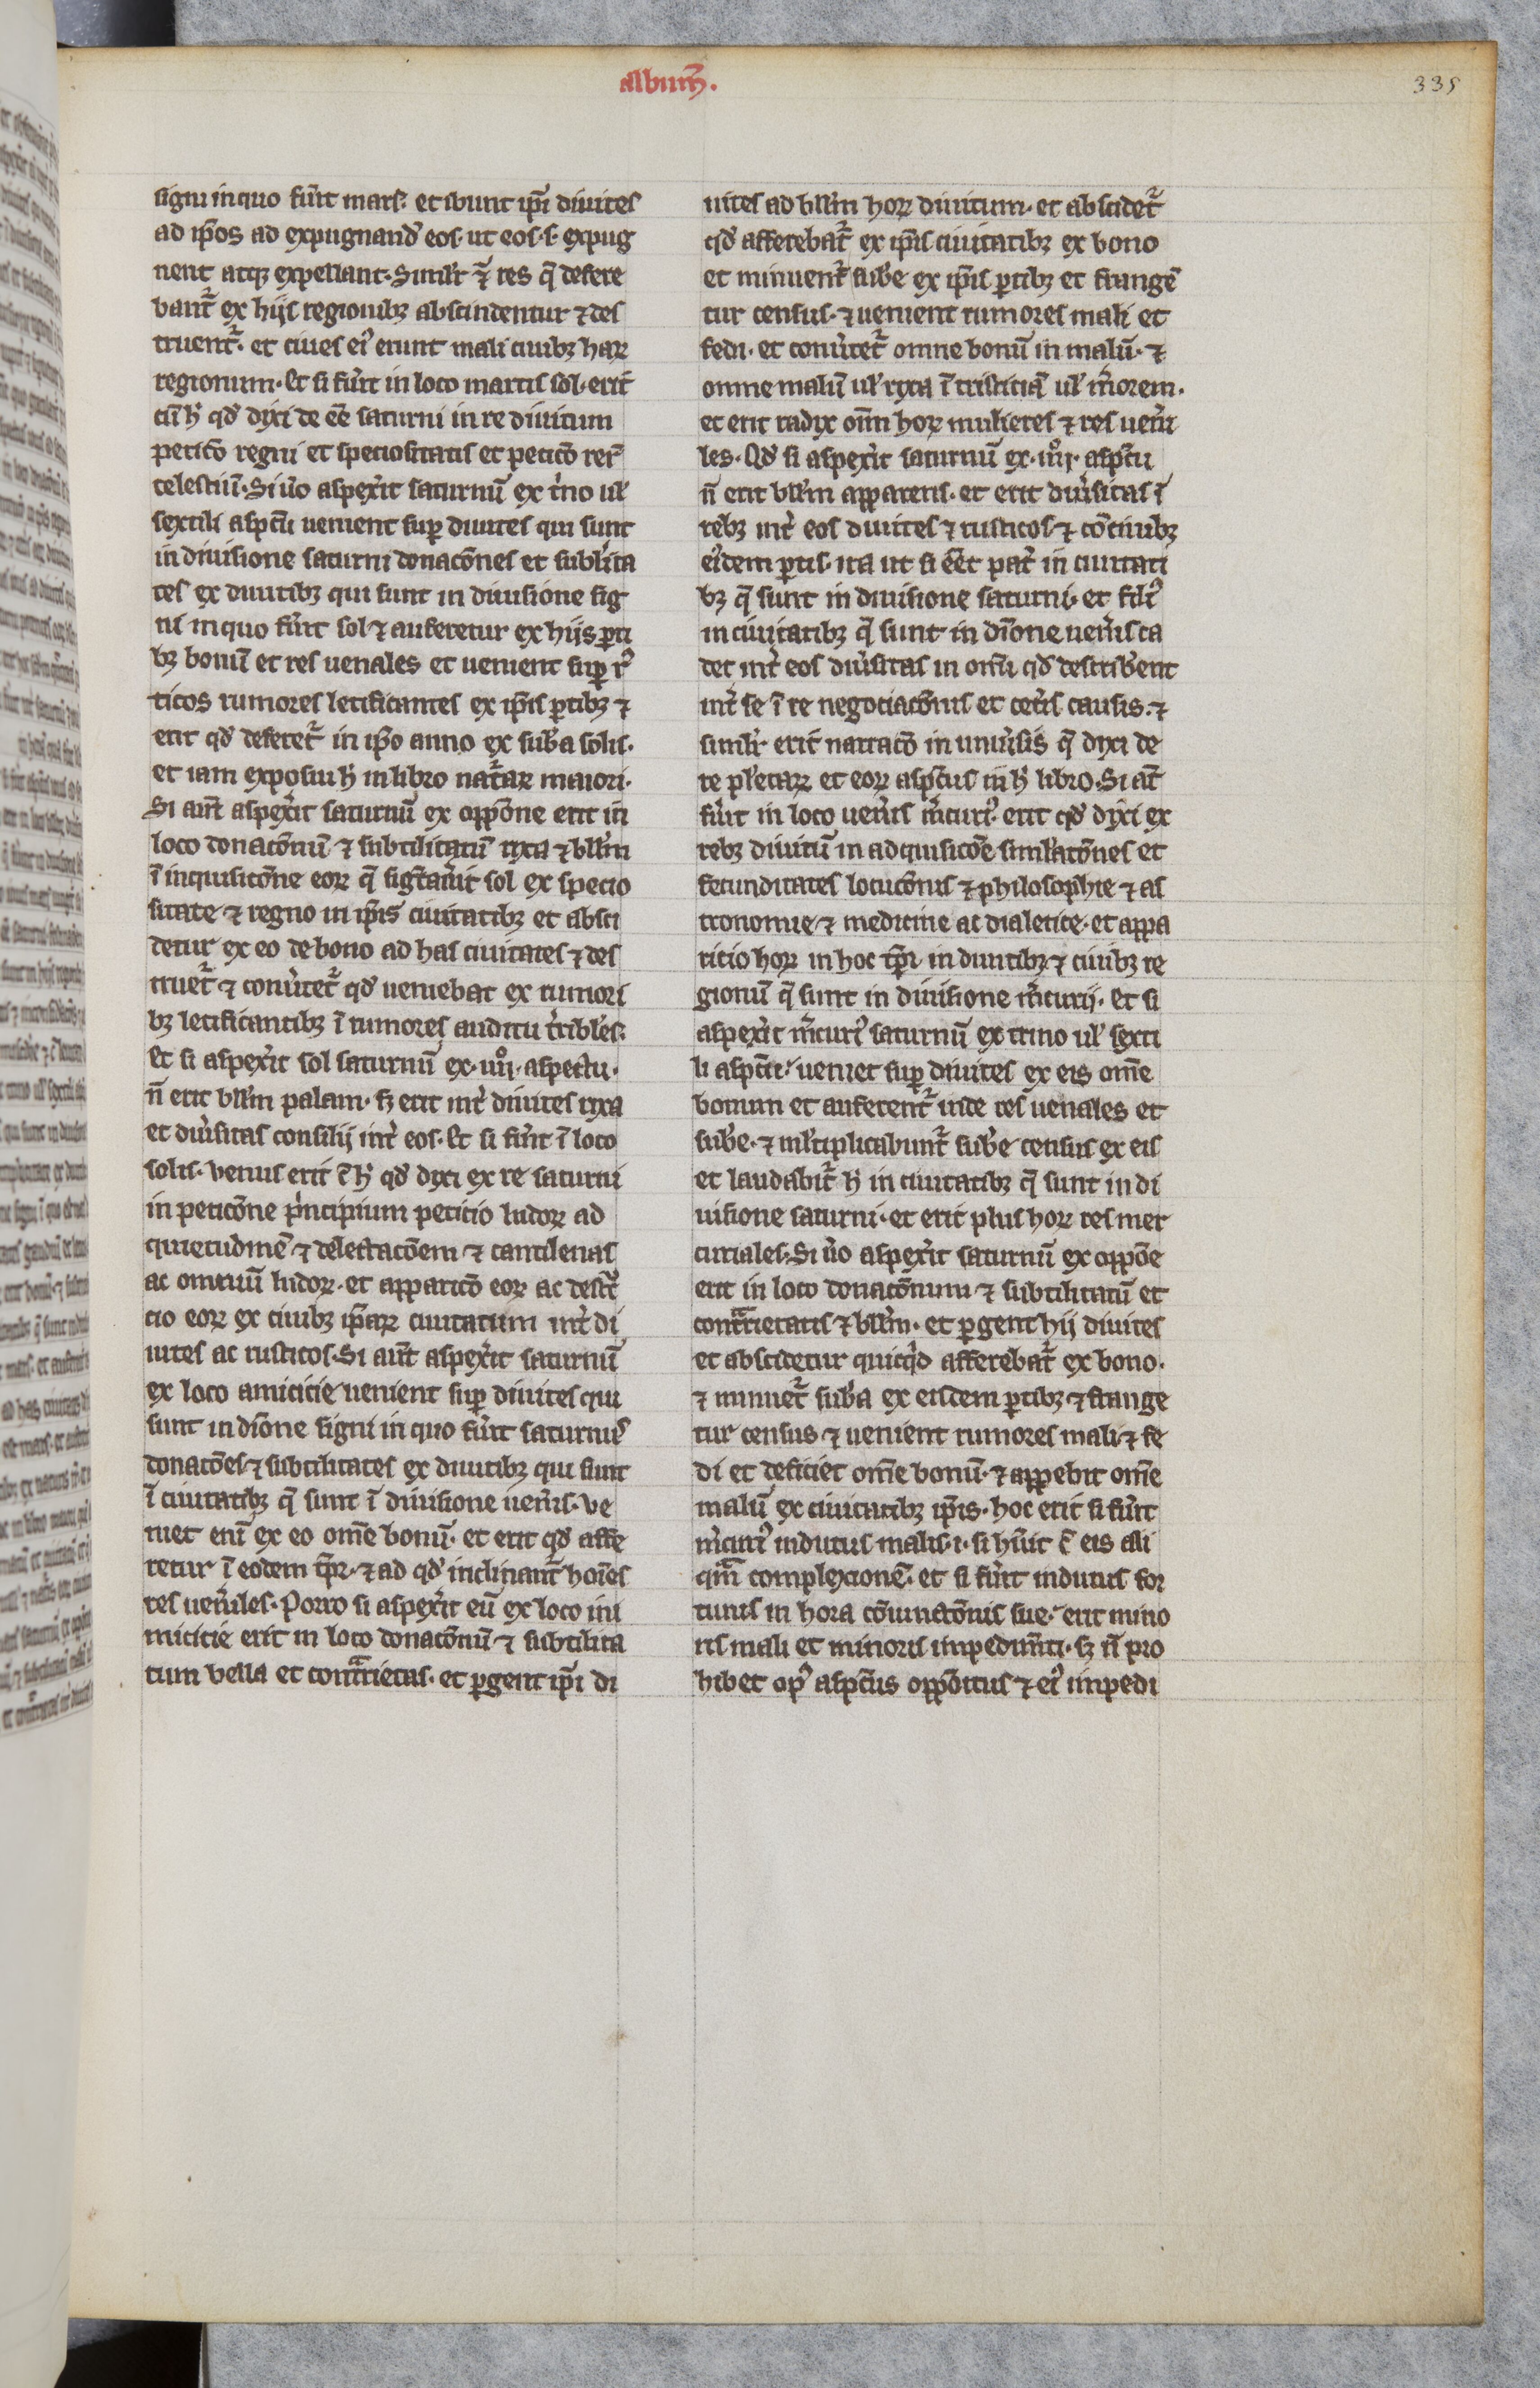
Shelfmark: Paris, BnF, lat. 16204
Century: 13